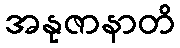
အနုဇာနာတိ